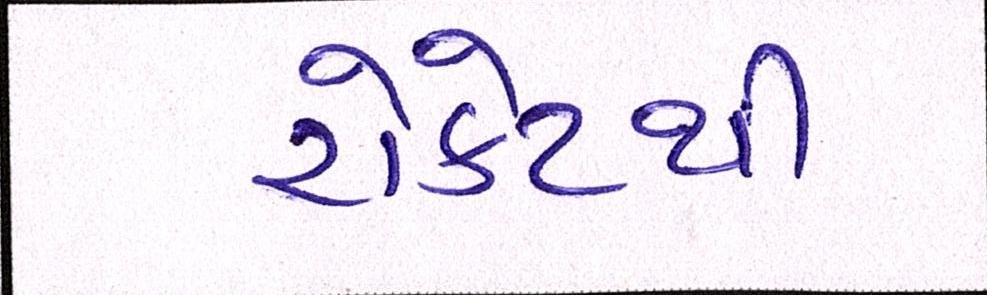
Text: રોકેટથી